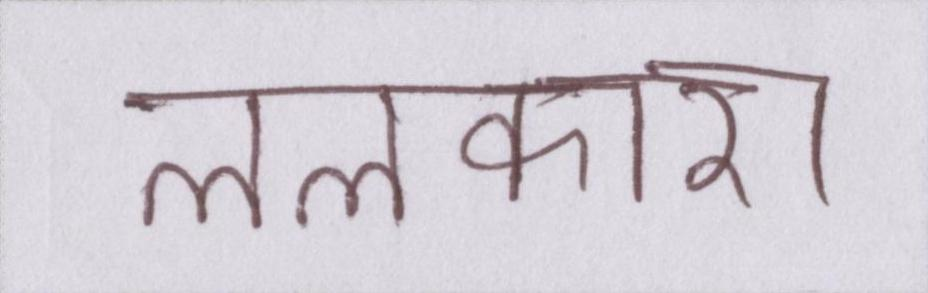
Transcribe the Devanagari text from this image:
ललकारा